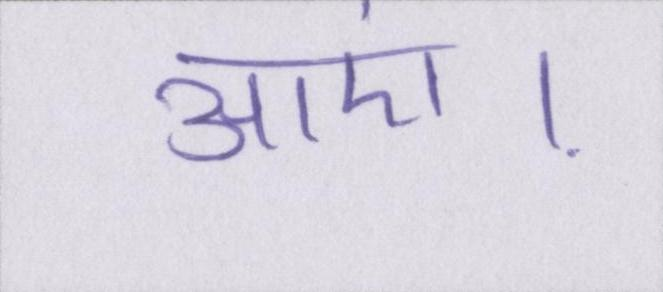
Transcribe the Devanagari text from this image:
आएं।